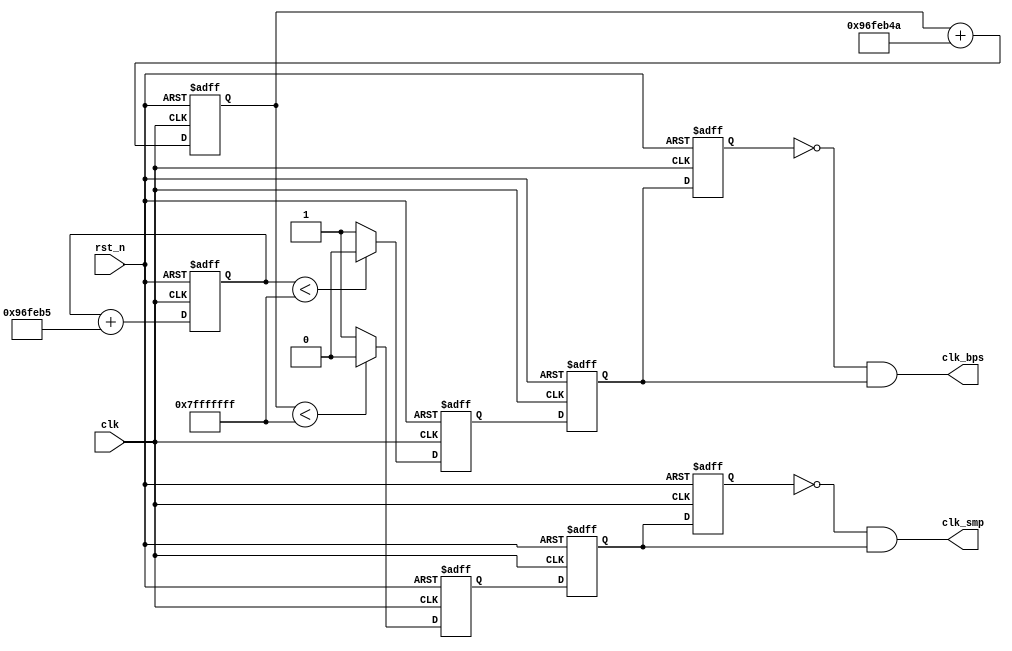
/*-------------------------------------------------------------------------
This confidential and proprietary software may be only used as authorized
by a licensing agreement from CrazyBingo.
(C) COPYRIGHT 2012 CrazyBingo. ALL RIGHTS RESERVED
Filename			:		clk_generator.v
Author				:		CrazyBingo
Data				:		2012-11-27
Version				:		1.0
Description			:		clk for uart bps.
Modification History	:
Data			By			Version			Change Description
===========================================================================
12/11/27		CrazyBingo	1.0				Original
--------------------------------------------------------------------------*/
/***********************************
	fc	=	50*10^6
	fo	=	fc*N/(2^32)
	N	=	fo*(2^32)/fc
		=	fo*(2^32)/(50*10^6)
************************************/
`timescale 1 ns / 1 ns
module clk_generator
(
	input	clk,
	input	rst_n,
	output	clk_bps,
	output	clk_smp
);

//------------------------------------------
/************clk_smp	= 16*clk_bps************
Freq_Word1	<=	32'd25770;		Freq_Word1	<=	32'd412317;		//300	bps
Freq_Word1	<=	32'd51540;		Freq_Word2	<=	32'd824634;		//600	bps
Freq_Word1	<=	32'd103079;		Freq_Word2	<=	32'd1649267;	//1200	bps
Freq_Word1	<=	32'd206158;		Freq_Word2	<=	32'd3298535;	//2400	bps
Freq_Word1	<=	32'd412317;		Freq_Word2	<=	32'd6597070;	//4800	bps
Freq_Word1	<=	32'd824634;		Freq_Word2	<=	32'd13194140;	//9600	bps
Freq_Word1	<=	32'd1649267;	Freq_Word2	<=	32'd26388279;	//19200	bps
Freq_Word1	<=	32'd3298535;	Freq_Word2	<=	32'd52776558;	//38400	bps
Freq_Word1	<=	32'd3693672;	Freq_Word2	<=	32'd59098750;	//43000	bps
Freq_Word1	<=	32'd4810363;	Freq_Word2	<=	32'd76965814;	//56000	bps
Freq_Word1	<=	32'd4947802;	Freq_Word2	<=	32'd79164837;	//57600	bps
Freq_Word1	<=	32'd9895605;	Freq_Word2	<=	32'd158329674;	//115200bps
*****************************************************/
//only want to generate beautiful clk for bsp and sample
reg	[31:0]	bps_cnt1;
reg	[31:0]	bps_cnt2;
always@(posedge clk or negedge rst_n)
begin
	if(!rst_n)
		begin
		bps_cnt1 <= 0;
		bps_cnt2 <= 0;
		end
	else
		begin
		//bps_cnt1 <= bps_cnt1 + 32'h7FFF_FFFF;	//test
		bps_cnt1 <= bps_cnt1 + 32'd9895605;		//Bps=115200bps
		//bps_cnt1 <= bps_cnt1 + 32'd25770;		//Bps=300bps
		bps_cnt2 <= bps_cnt2 + 32'd158329674;	//Bps=115200bps*16
		end
end

//------------------------------------------
//clk_bps sync bps generater
reg	clk_bps_r0,clk_bps_r1,clk_bps_r2;
always@(posedge clk or negedge rst_n)
begin
	if(!rst_n)
		begin
		clk_bps_r0 <= 0;
		clk_bps_r1 <= 0;
		clk_bps_r2 <= 0;
		end
	else
		begin
		if(bps_cnt1 < 32'h7FFF_FFFF)
			clk_bps_r0 <= 0;
		else
			clk_bps_r0 <= 1;
		clk_bps_r1 <= clk_bps_r0;
		clk_bps_r2 <= clk_bps_r1;
		end
end
assign	clk_bps = ~clk_bps_r2 & clk_bps_r1;

//------------------------------------------
//clk_smp sync receive bps generator
reg	clk_smp_r0,clk_smp_r1,clk_smp_r2;
always@(posedge clk or negedge rst_n)
begin
	if(!rst_n)
		begin
		clk_smp_r0 <= 0;
		clk_smp_r1 <= 0;
		clk_smp_r2 <= 0;
		end
	else
		begin
		if(bps_cnt2 < 32'h7FFF_FFFF)
			clk_smp_r0 <= 0;
		else
			clk_smp_r0 <= 1;
		clk_smp_r1 <= clk_smp_r0;
		clk_smp_r2 <= clk_smp_r1;
		end
end
assign	clk_smp = ~clk_smp_r2 & clk_smp_r1;

endmodule